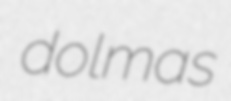
dolmas